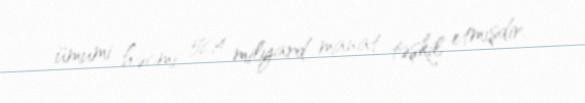
ümumi həcmi 58,4 milyard manat təşkil etmişdir.